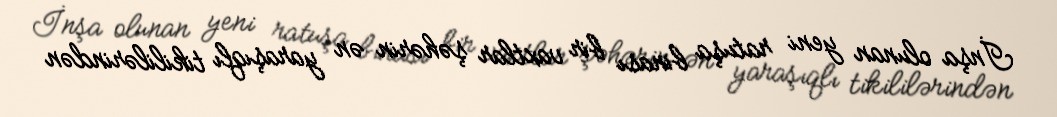
İnşa olunan yeni ratuşa binası bir vaxtlar şəhərin ən yaraşıqlı tikililərindən